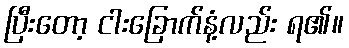
ပြီးတော့ ငါးခြောက်နံ့လည်း ရ၏။